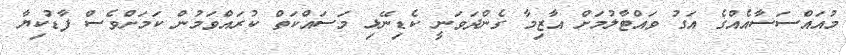
މުއައްސަސާއެއްގެ އަގު ވައްޓާލުމަށް އާޒިމާ ގެންދަވަނީ ކެޑިނޭޅި މަސައްކަތް ކުރައްވަމުން ކަމަށްވެސް ފާޑުކިޔާ